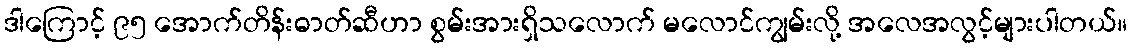
ဒါကြောင့် ၉၅ အောက်တိန်းဓာတ်ဆီဟာ စွမ်းအားရှိသလောက် မလောင်ကျွမ်းလို့ အလေအလွင့်များပါတယ်။